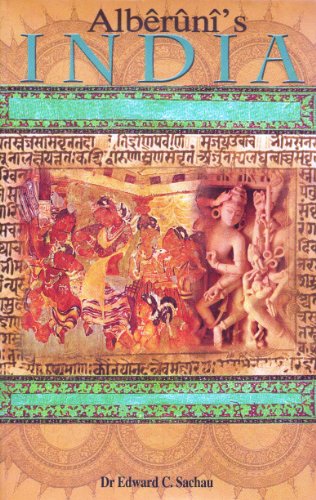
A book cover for Alberuni's India; Dr. Edward C. Sachau; Children's Books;